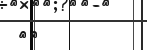
١٥